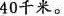
40千米。